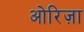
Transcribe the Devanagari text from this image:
ओरिज़ा